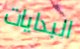
البدايات